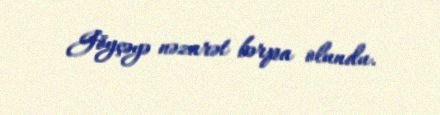
Göyçəyə nəzarət bərpa olundu.